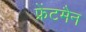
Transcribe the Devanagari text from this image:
फ्रेंटमैन